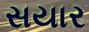
સયાર